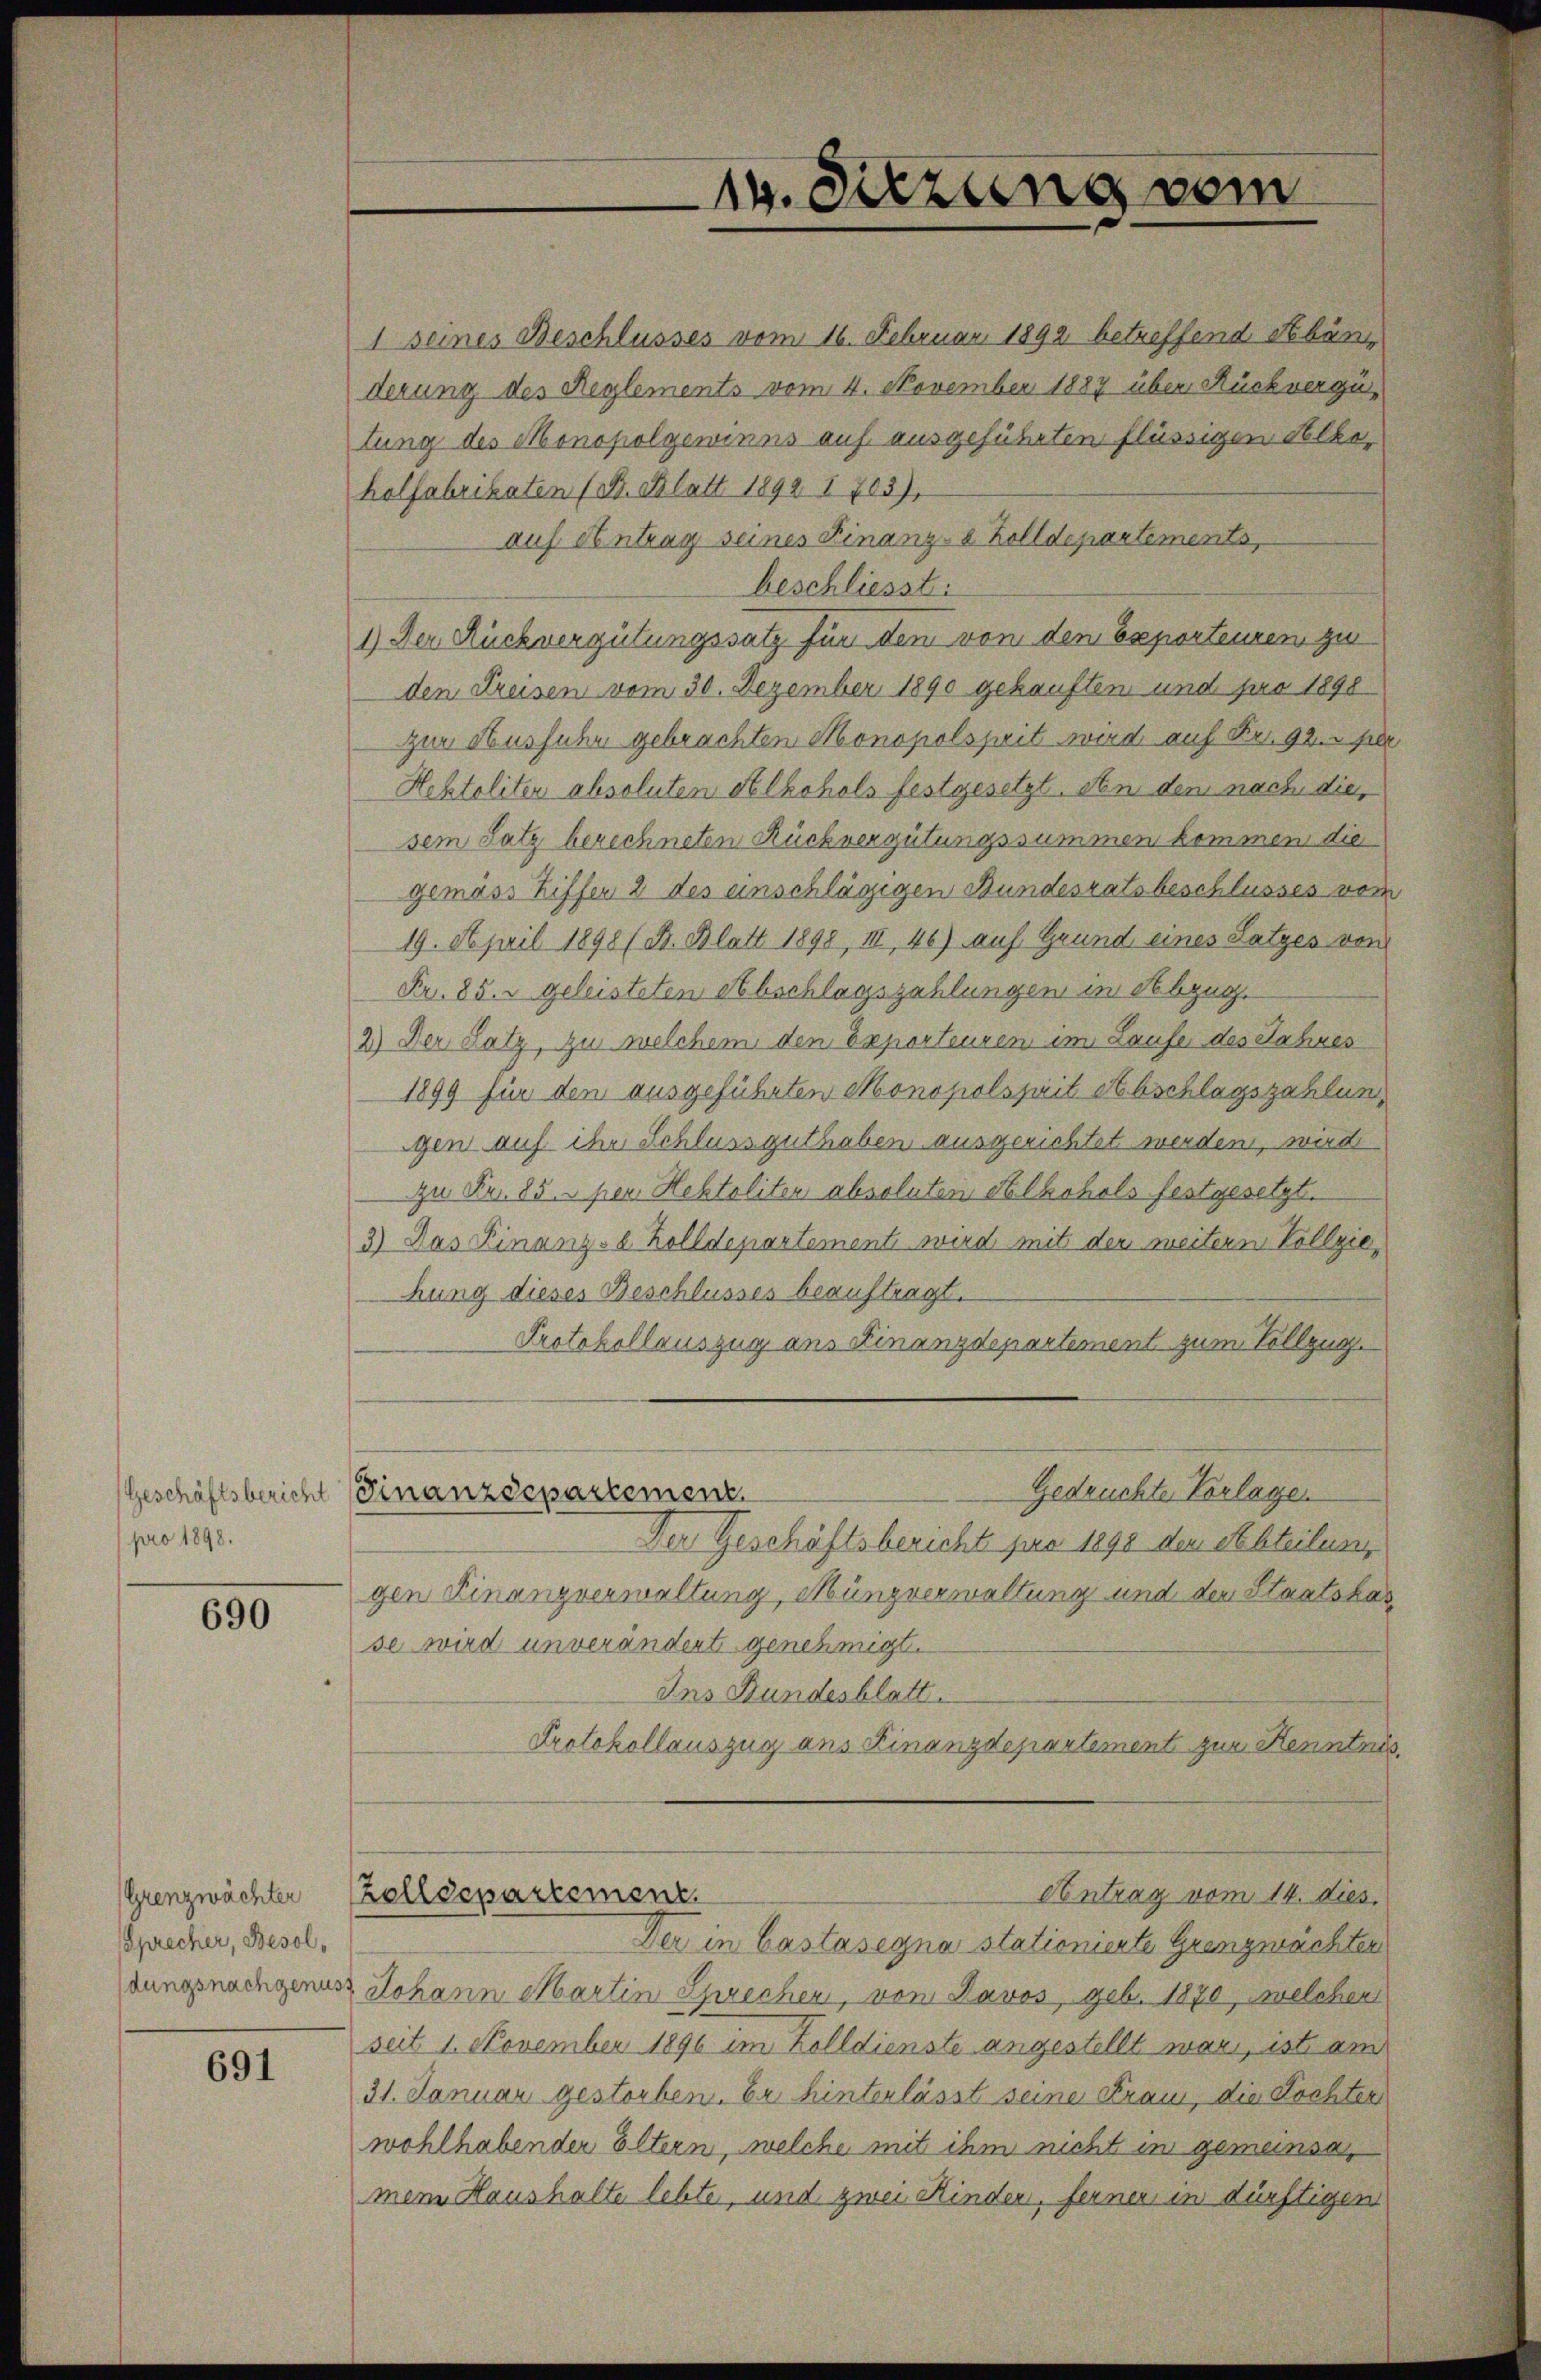
pro 1898.

690

Sprecher, Besol¬

691

1 seines Beschlusses vom 16. Februar 1892 betreffend Abän
derung des Reglements vom 4. November 1887 über Rückvergütung des Monopolgewinns auf ausgeführten flüssigen Alkoholfabrikaten (B. Blatt 1892. 1703).
auf Antrag seines Finanz-a Zolldepartements,
beschliesst:
1.) Der Rückvergütungssatz für den von dem Esporteuren zur
den Kreisen vom 30. Dezember 1890 gekauften und pro 1898
zur Ausfuhr gebrachten Monopolspeit wird auf Fr. 92. per
Hehtaliten absoluten Alkohols festgesetzt. An den nach die,
sem Satz berechneten Rückvergütungssummen kommen die
gemäss Ziffer 2 des einschlägigen Bundesratsbeschlusses vom
19. April 1898 (B. Blatt 1898, III 46) auf Grund eines Satzes von
Fr. 85. geleisteten Abschlagszahlungen in Abzug.
2) Der Satz, zu welchem den Exporteuren im Laufer des Jahres
1899 für den ausgeführten Monopolsprit Abschlagszahlungen auf ihr Schluss guthaben ausgerichtet werden, wird
zu Fr. 85. per Hestoliton absoluten Alkohols festgesetzt.
3) Das Finanzse Zolldepartement wird mit der meiteren Vollziehung dieses Beschlusses beauftragt.
Protokollauszug aus Finanzdepartement zum Vollzug.
Gedruchte Vorlage
Geschäftsbericht Finanzdepartement.
Der Geschäftsbericht pro 1898 den Abteilung
gen Finanzverwaltung, Müngverwaltung und der Staatskas
se wird unverändert genehmigt.
Ins Bundesblatt.
Protokollauszug aus Finanzdepartement zur Kenntnis
Antrag vom 14. dies.
Grenzwächter (Zolldepartement.
Der in Castasegna stationierte Grenzmächten
dungsnachgenuss Johann Martin Sprechen, von Davos geb. 1870, welcher
seit 1. November 1890 im Zolldienste angestellt war, ist am
31. Januar gestorben. Er hinterlässt seine Frau, die Tochten
wohlhabender Eltern, welche mit ihm nicht im gemeinsa
mein Haushalte lebte, und zwei Kinden, fernen in dürftigen

14. Sitzung vom